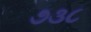
૭૩૮